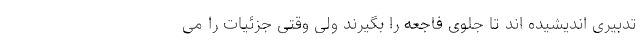
تدبیری اندیشیده اند تا جلوی فاجعه را بگیرند ولی وقتی جزئیات را می